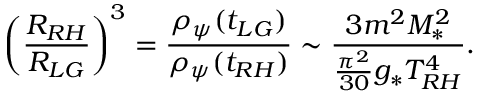
\left( \frac { R _ { R H } } { R _ { L G } } \right) ^ { 3 } = \frac { \rho _ { \psi } ( t _ { L G } ) } { \rho _ { \psi } ( t _ { R H } ) } \sim \frac { 3 m ^ { 2 } M _ { * } ^ { 2 } } { \frac { \pi ^ { 2 } } { 3 0 } g _ { * } T _ { R H } ^ { 4 } } .